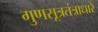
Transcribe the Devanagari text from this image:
गुणसूत्रतंत्राधारे